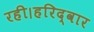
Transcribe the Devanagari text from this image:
रही।हरिद्वार